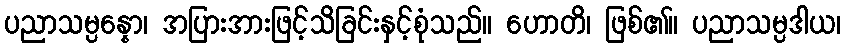
ပညာသမ္ပန္နော၊ အပြားအားဖြင့်သိခြင်းနှင့်စုံသည်။ ဟောတိ၊ ဖြစ်၏။ ပညာသမ္ပဒါယ၊